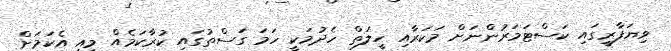
ވިޔަފާރީގައި ކަސްޓަމަރުންނަށް މަކަރާއި ހީލަތް ހެދުމަކީ ހަމަ ގަސްތުގައި ކުރާކަމެއް މިއީ އެކަމަށް